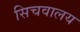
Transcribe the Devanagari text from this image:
सिचवालय